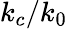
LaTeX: k_{c}/k_{0}